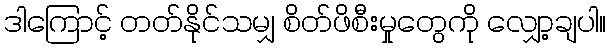
ဒါကြောင့် တတ်နိုင်သမျှ စိတ်ဖိစီးမှုတွေကို လျှော့ချပါ။